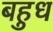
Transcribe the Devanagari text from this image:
बहुध